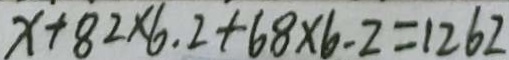
x + 8 2 \times 6 . 2 + 6 8 \times 6 . 2 = 1 2 6 2